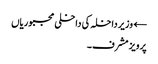
← وزیر داخلہ کی داخلی مجبوریاں
پرویز مشرف۔